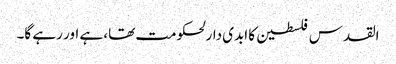
القدس فلسطین کا ابدی دارلحکومت تھا، ہے اور رہے گا۔